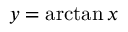
y = \arctan x \,